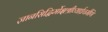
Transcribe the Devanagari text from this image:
ज्ञानसिद्धिर्मोक्षश्रीव्यार्घ्रचर्मणि